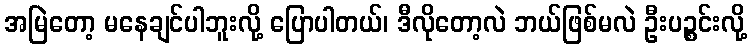
အမြဲတော့ မနေချင်ပါဘူးလို့ ပြောပါတယ်၊ ဒီလိုတော့လဲ ဘယ်ဖြစ်မလဲ ဦးပဉ္စင်းလို့